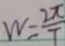
W = \frac { 2 \pi } { T }